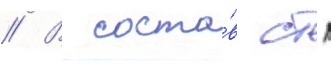
// В соста́в стп